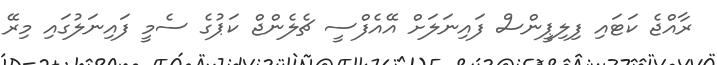
ރާއްޖެ ކަޓައި ފިލިޕީންސް ފައިނަލަށް އޭއެފްސީ ޗެލެންޖް ކަޕުގެ ސެމީ ފައިނަލުގައި މިރޭ